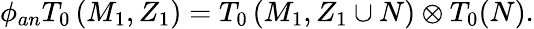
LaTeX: \phi_{an}T_{0}\left(M_{1},Z_{1}\right)=T_{0}\left(M_{1},Z_{1}\cup N\right)\otimes T_{0}(N).